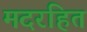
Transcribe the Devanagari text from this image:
मदरहित